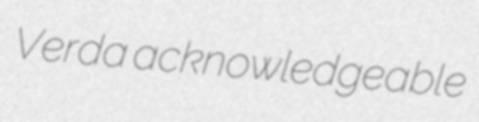
Verda acknowledgeable